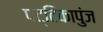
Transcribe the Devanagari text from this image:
पट्टिकापुंज